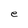
Character: e